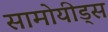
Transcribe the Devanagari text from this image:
सामोयीड्स